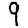
Digit: 9